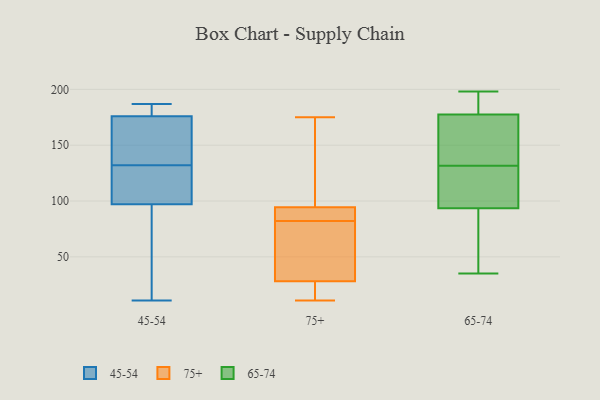
{"axis": {"x": "Demand Index", "y": "Value"}, "legend": ["45-54", "65-74", "75+"], "data": [{"x": "", "y": 184, "type": "45-54"}, {"x": "", "y": 187, "type": "45-54"}, {"x": "", "y": 97, "type": "45-54"}, {"x": "", "y": 134, "type": "45-54"}, {"x": "", "y": 11, "type": "45-54"}, {"x": "", "y": 176, "type": "45-54"}, {"x": "", "y": 120, "type": "45-54"}, {"x": "", "y": 178, "type": "45-54"}, {"x": "", "y": 30, "type": "45-54"}, {"x": "", "y": 164, "type": "45-54"}, {"x": "", "y": 130, "type": "45-54"}, {"x": "", "y": 112, "type": "45-54"}, {"x": "", "y": 14, "type": "45-54"}, {"x": "", "y": 143, "type": "45-54"}, {"x": "", "y": 140, "type": "75+"}, {"x": "", "y": 15, "type": "75+"}, {"x": "", "y": 29, "type": "75+"}, {"x": "", "y": 84, "type": "75+"}, {"x": "", "y": 20, "type": "75+"}, {"x": "", "y": 28, "type": "75+"}, {"x": "", "y": 11, "type": "75+"}, {"x": "", "y": 82, "type": "75+"}, {"x": "", "y": 68, "type": "75+"}, {"x": "", "y": 13, "type": "75+"}, {"x": "", "y": 81, "type": "75+"}, {"x": "", "y": 86, "type": "75+"}, {"x": "", "y": 175, "type": "75+"}, {"x": "", "y": 87, "type": "75+"}, {"x": "", "y": 173, "type": "75+"}, {"x": "", "y": 155, "type": "75+"}, {"x": "", "y": 97, "type": "75+"}, {"x": "", "y": 82, "type": "75+"}, {"x": "", "y": 55, "type": "75+"}, {"x": "", "y": 188, "type": "65-74"}, {"x": "", "y": 138, "type": "65-74"}, {"x": "", "y": 175, "type": "65-74"}, {"x": "", "y": 93, "type": "65-74"}, {"x": "", "y": 107, "type": "65-74"}, {"x": "", "y": 195, "type": "65-74"}, {"x": "", "y": 94, "type": "65-74"}, {"x": "", "y": 48, "type": "65-74"}, {"x": "", "y": 72, "type": "65-74"}, {"x": "", "y": 198, "type": "65-74"}, {"x": "", "y": 125, "type": "65-74"}, {"x": "", "y": 156, "type": "65-74"}, {"x": "", "y": 164, "type": "65-74"}, {"x": "", "y": 104, "type": "65-74"}, {"x": "", "y": 145, "type": "65-74"}, {"x": "", "y": 116, "type": "65-74"}, {"x": "", "y": 65, "type": "65-74"}, {"x": "", "y": 180, "type": "65-74"}, {"x": "", "y": 35, "type": "65-74"}, {"x": "", "y": 188, "type": "65-74"}]}